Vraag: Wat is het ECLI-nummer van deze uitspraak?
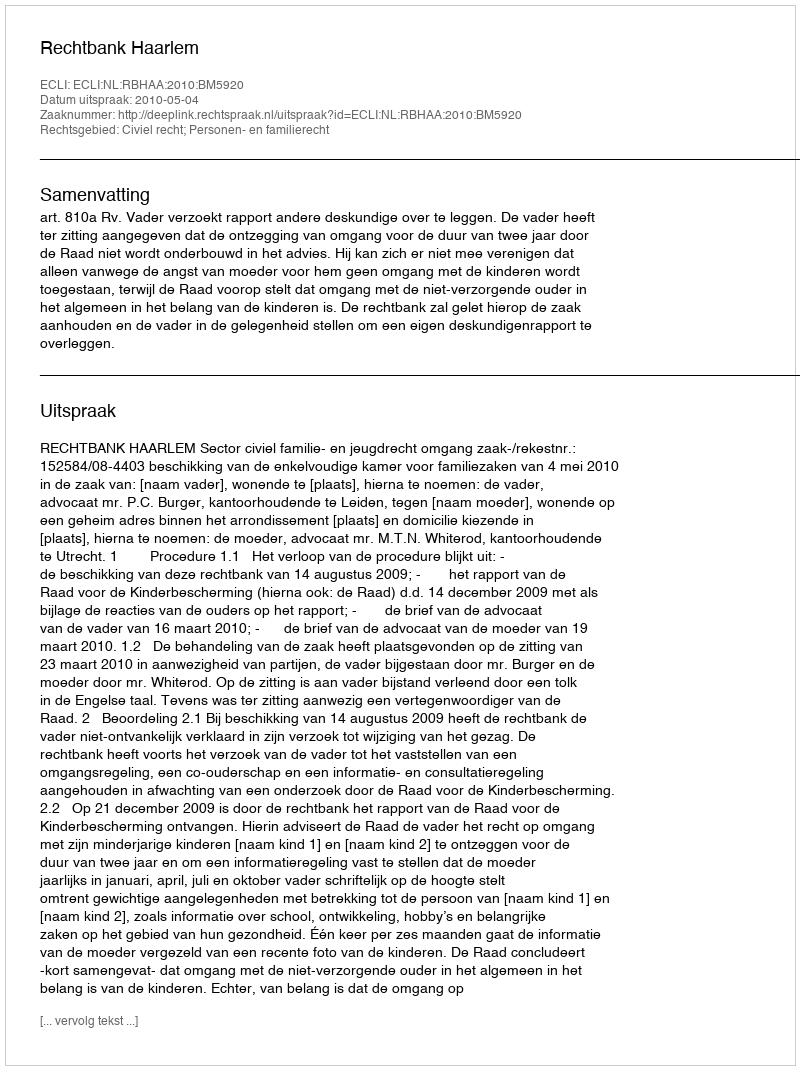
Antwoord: ECLI:NL:RBHAA:2010:BM5920